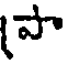
పా